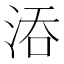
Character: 𣵞